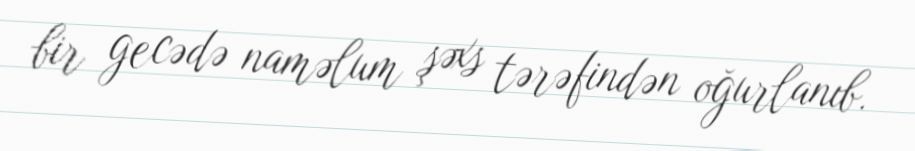
bir gecədə naməlum şəxs tərəfindən oğurlanıb.